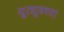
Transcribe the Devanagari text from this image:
यूट्यूबच्या